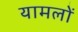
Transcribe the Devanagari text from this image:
यामलों